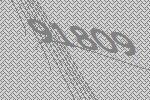
91809